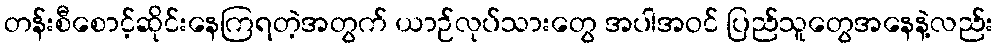
တန်းစီစောင့်ဆိုင်းနေကြရတဲ့အတွက် ယာဉ်လုပ်သားတွေ အပါအဝင် ပြည်သူတွေအနေနဲ့လည်း